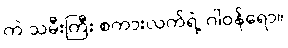
ကဲ သမီးကြီး စကားလက်ရဲ့ ဂါဝန်ရော။